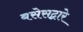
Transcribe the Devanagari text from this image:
बसेसद्बारे